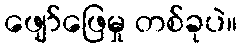
ဖျော်ဖြေမှု တစ်ခုပဲ။